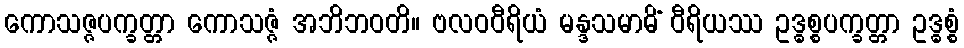
ကောသဇ္ဇပက္ခတ္တာ ကောသဇ္ဇံ အဘိဘဝတိ။ ဗလဝဝီရိယံ မန္ဒသမာဓိံ ဝီရိယဿ ဥဒ္ဓစ္စပက္ခတ္တာ ဥဒ္ဓစ္စံ